Annual report on the health of the army in India
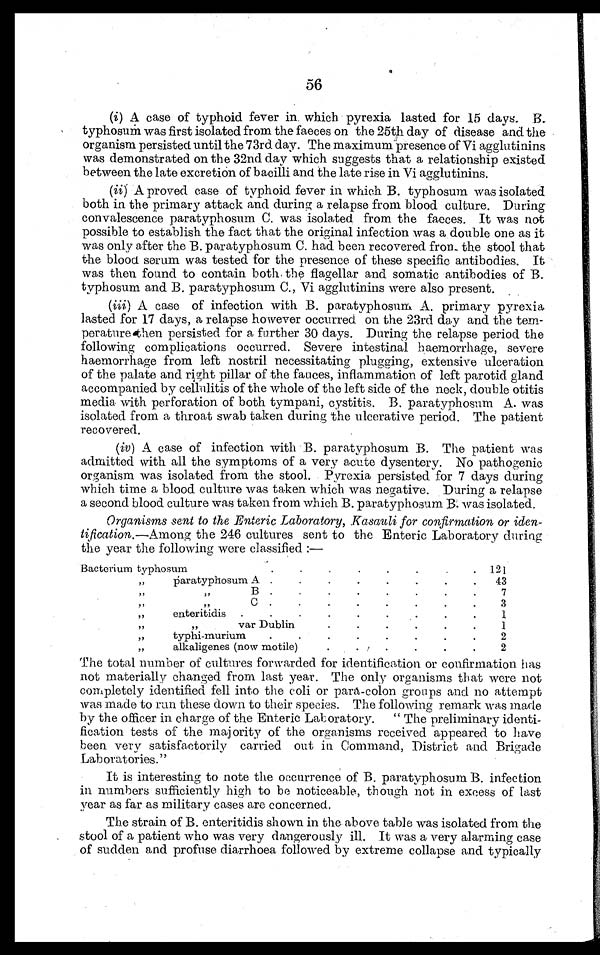
56
(i) A case of typhoid fever in which pyrexia lasted for 15 days. B.
typhosum was first isolated from the faeces on the 25th day of disease and the
organism persisted until the 73rd day. The maximum presence of Vi agglutinins
was demonstrated on the 32nd day which suggests that a relationship existed
between the late excretion of bacilli and the late rise in Vi agglutinins.
(ii) A proved case of typhoid fever in which B. typhosum was isolated
both in the primary attack and during a relapse from blood culture. During
convalescence paratyphosum C. was isolated from the faeces. It was not
possible to establish the fact that the original infection was a double one as it
was only after the B. paratyphosum C. had been recovered from the stool that
the blood serum was tested for the presence of these specific antibodies. It
was then found to contain both the flagellar and somatic antibodies of B.
typhosum and B. paratyphosum C., Vi agglutinins were also present.
(iii) A case of infection with B. paratyphosum A. primary pyrexia
lasted for 17 days, a relapse however occurred on the 23rd day and the tem-
perature then persisted for a further 30 days. During the relapse period the
following complications occurred. Severe intestinal haemorrhage, severe
haemorrhage from left nostril necessitating plugging, extensive ulceration
of the palate and right pillar of the fauces, inflammation of left parotid gland
accompanied by cellulitis of the whole of the left side of the neck, double otitis
media with perforation of both tympani, cystitis. B. paratyphosum A. was
isolated from a throat swab taken during the ulcerative period. The patient
recovered.
(iv) A case of infection with B. paratyphosum B. The patient was
admitted with all the symptoms of a very acute dysentery. No pathogenic
organism was isolated from the stool. Pyrexia persisted for 7 days during
which time a blood culture was taken which was negative. During a relapse
a second blood culture was taken from which B. paratyphosum B. was isolated.
Organisms sent to the Enteric Laboratory, Kasauli for confirmation or iden
tification.—Among the 246 cultures sent to the Enteric Laboratory during
the year the following were classified:—
Bacterium typhosum.
.
.
.
.
.
. 1 2 1
„
paratyphosum A .
.
.
.
.
.
.
.
43
, „
„ B
7
„
„
C .
.
.
.
.
.
.
.
3
„
enteritidis .
.
.
.
.
.
.
.
1
„
„
var Dublin
1
„
typhi-murium
.
.
.
.
.
.
.
.
2
„
alkaligenes (now motile)
2
The total number of cultures forwarded for identification or confirmation has
not materially changed from last year. The only organisms that were not
completely identified fell into the coli or para-colon groups and no attempt
was made to run these down to their species. The following remark was made
by the officer in charge of the Enteric Laboratory. " The preliminary identi-
fication tests of the majority of the organisms received appeared to have
been very satisfactorily carried out in Command, District and Brigade
Laboratories."
It is interesting to note the occurrence of B. paratyphosum B. infection
in numbers sufficiently high to be noticeable, though not in excess of last
year as far as military cases are concerned.
The strain of B. enteritidis shown in the above table was isolated from the
stool of a patient who was very dangerously ill. It was a very alarming case
of sudden and profuse diarrhoea followed by extreme collapse and typically